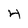
Character: 4